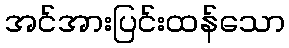
အင်အားပြင်းထန်သော